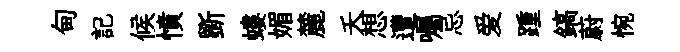
甸記候憤斵螻媚麓夭想遭囑忌爱踵鎬蔚惋